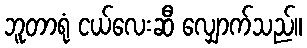
ဘူတာရုံ ငယ်လေးဆီ လျှောက်သည်။